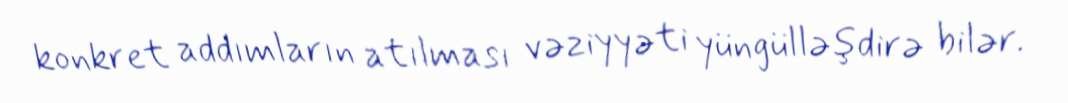
konkret addımların atılması vəziyyəti yüngülləşdirə bilər.